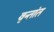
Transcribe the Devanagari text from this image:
वृन्तांत